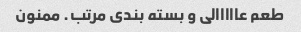
طعم عااااالی و بسته بندی مرتب. ممنون